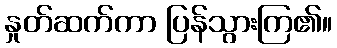
နှုတ်ဆက်ကာ ပြန်သွားကြ၏။